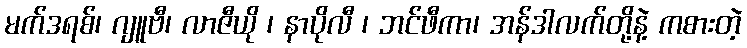
မက်ဒရစ်၊ ဂျူဗီ၊ လာဇီယို ၊ နာပိုလီ ၊ ဘင်ဖီကာ၊ အန်ဒါလက်တို့နဲ့ ကစားတဲ့